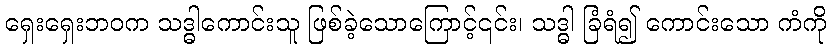
ရှေးရှေးဘဝက သဒ္ဓါကောင်းသူ ဖြစ်ခဲ့သောကြောင့်၎င်း၊ သဒ္ဓါ ခြံရံ၍ ကောင်းသော ကံကို